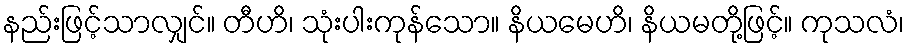
နည်းဖြင့်သာလျှင်။ တီဟိ၊ သုံးပါးကုန်သော။ နိယမေဟိ၊ နိယမတို့ဖြင့်။ ကုသလံ၊